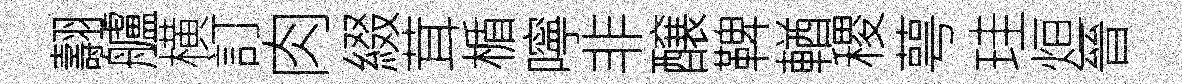
翿艫横訂肉綴茸楯嚀非醸鞞輶稷萼珪烜晉